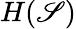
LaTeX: H(\mathscr{S})